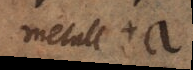
metallo +5